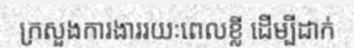
ក្រសួងការងាររយៈពេលខ្លី ដើម្បីដាក់